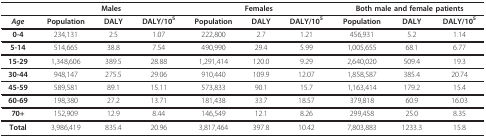
|  | <COLSPAN=3> Males | <COLSPAN=3> Females | <COLSPAN=3> Both male and female patients |
 | --- | --- | --- | --- | --- | --- | --- | --- | --- | --- |
 | Age | Population | DALY | DALY/105 | Population | DALY | DALY/105 | Population | DALY | DALY/105 |
 | 0-4 | 234,131 | 2.5 | 1.07 | 222,800 | 2.7 | 1.21 | 456,931 | 5.2 | 1.14 |
 | 5-14 | 514,665 | 38.8 | 7.54 | 490,990 | 29.4 | 5.99 | 1,005,655 | 68.1 | 6.77 |
 | 15-29 | 1,348,606 | 389.5 | 28.88 | 1,291,414 | 120.0 | 9.29 | 2,640,020 | 509.4 | 19.3 |
 | 30-44 | 948,147 | 275.5 | 29.06 | 910,440 | 109.9 | 12.07 | 1,858,587 | 385.4 | 20.74 |
 | 45-59 | 589,581 | 89.1 | 15.11 | 573,833 | 90.1 | 15.7 | 1,163,414 | 179.2 | 15.4 |
 | 60-69 | 198,380 | 27.2 | 13.71 | 181,438 | 33.7 | 18.57 | 379,818 | 60.9 | 16.03 |
 | 70+ | 152,909 | 12.9 | 8.44 | 146,549 | 12.1 | 8.26 | 299,458 | 25.0 | 8.35 |
 | Total | 3,986,419 | 835.4 | 20.96 | 3,817,464 | 397.8 | 10.42 | 7,803,883 | 1233.3 | 15.8 |